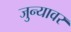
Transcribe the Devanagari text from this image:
जुन्यावर